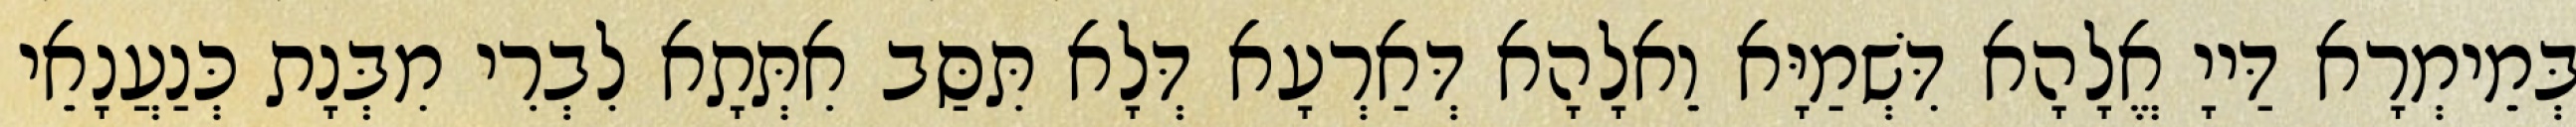
בְּמֵימְרָא דַּייָ אֱלָהָא דִּשְׁמַיָּא וֵאלָהָא דְּאַרְעָא דְּלָא תִּסַּב אִתְּתָא לִבְרִי מִבְּנָת כְּנַעֲנָאֵי